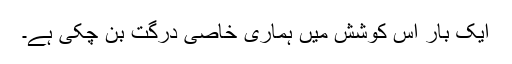
ایک بار اس کوشش میں ہماری خاصی درگت بن چکی ہے۔